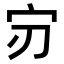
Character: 𫲶